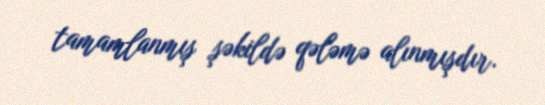
tamamlanmış şəkildə qələmə alınmışdır.